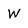
Character: W